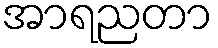
အာရညတာ